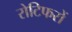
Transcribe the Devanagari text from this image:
रोटिफरों